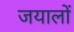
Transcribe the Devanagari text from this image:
जयालों